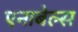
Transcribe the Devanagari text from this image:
एनाबेल्स